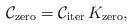
LaTeX: \begin{align*}\mathcal{C}_\mathrm{zero} = \mathcal{C}_\mathrm{iter}\, K_\mathrm{zero},\end{align*}